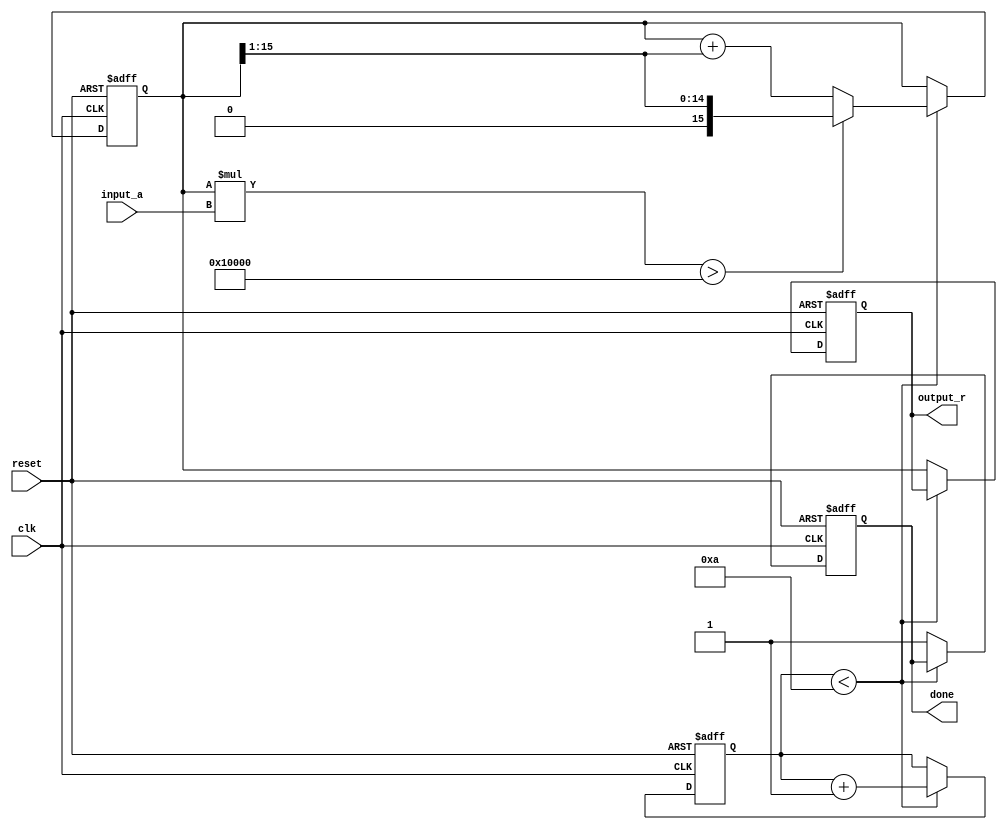
module bitwise_reciprocal #(
    parameter N = 16, // Bit-width for input and output
    parameter MAX_ITER = 10 // Maximum number of iterations
)(
    input  wire [N-1:0] input_a, // Input number, should not be 0
    output reg  [N-1:0] output_r, // Reciprocal output
    input  wire clk,
    input  wire reset,
    output reg done // Signal to indicate completion of the calculation
);

    reg [N-1:0] estimate; // Current estimate of reciprocal
    reg [N-1:0] temp_product; // Temporary product for calculations
    reg [3:0] iteration_count; // Counter for iterations

    always @(posedge clk or posedge reset) begin
        if (reset) begin
            output_r <= 0;
            estimate <= 1 << (N-1); // Initialize to 2^N
            iteration_count <= 0;
            done <= 0;
        end else if (iteration_count < MAX_ITER) begin
            // Calculate the product estimate * input_a
            temp_product = estimate * input_a;

            // Adjust estimate based on the product
            if (temp_product > (1 << N)) begin
                // If product is greater than 2^N, decrease estimate
                estimate <= estimate >> 1; // Divide by 2
            end else begin
                // Otherwise, increase estimate
                estimate <= estimate + (estimate >> 1); // approx multiply by 1.5
            end
            
            // Increment the iteration count
            iteration_count <= iteration_count + 1;

        end else begin
            // Iteration complete, set output_r and done signal
            output_r <= estimate;
            done <= 1;
        end
    end

endmodule